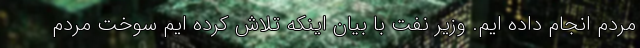
مردم انجام داده ایم. وزیر نفت با بیان اینکه تلاش کرده ایم سوخت مردم